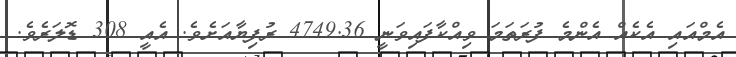
އެމްއައި އެކެއް އެންމެ ފުރަތަމަ ވިއްކާފައިވަނީ 4749.36 ރުފިޔާއަށެވެ. އެއީ 308 ޑޮލަރެވެ.